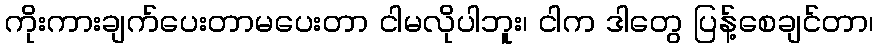
ကိုးကားချက်ပေးတာမပေးတာ ငါမလိုပါဘူး၊ ငါက ဒါတွေ ပြန့်စေချင်တာ၊